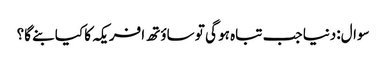
سوال:دنیا جب تباہ ہو گی تو ساؤتھ افریکہ کا کیا بنے گا؟